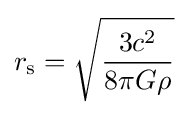
r_{\text{s}}={\sqrt {\frac {3c^{2}}{8\pi G\rho }}}